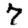
Digit: 7